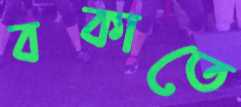
বকাতে